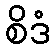
စိဒံ